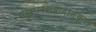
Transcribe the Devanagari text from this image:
परस्परसंवादानुकूल